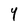
Character: 4